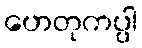
ဟေတုကပ္ပါ